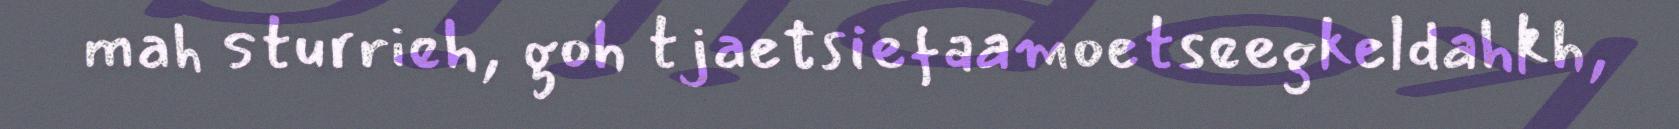
mah sturrieh, goh tjaetsiefaamoetseegkeldahkh,